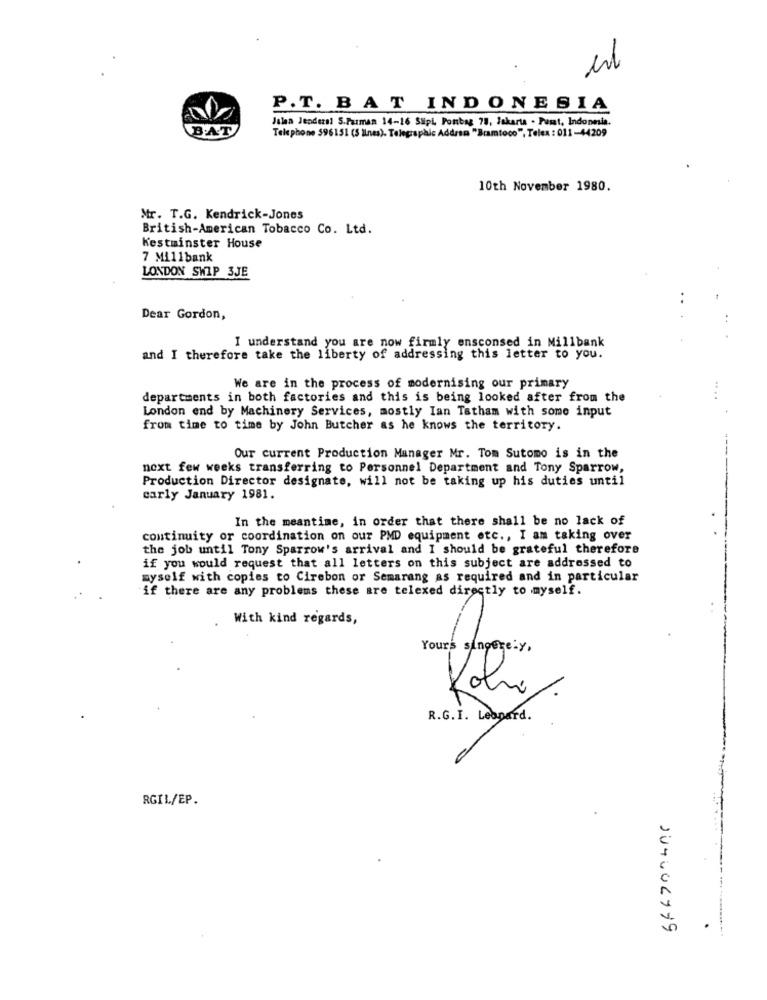
P.T. BAT INDONESIA
Julen Jenderal S.Furman 14-16 Suipi, Ponbag 78, Jakarta - Pumat, Indonesia.
BAT
Telephone 596151 (5 lines). Telegraphic Addrsm "Bramtoco", Telex : 011-44209
10th November 1980.
Mr. T.G. Kendrick-Jones
British-American Tobacco Co. Ltd.
Kestminster House
7 Millbank
LONDON SWIP 3JE
Dear Gordon,
I understand you are now firmly ensconsed in Millbank
and I therefore take the liberty of addressing this letter to you.
We are in the process of modernising our primary
departments in both factories and this is being looked after from the
London end by Machinery Services, mostly Ian Tatham with some input
from time to time by John Butcher as he knows the territory.
Our current Production Manager Mr. Tom Sutomo is in the
next few weeks transferring to Personnel Department and Tony Sparrow,
Production Director designate, will not be taking up his duties until
carly January 1981.
In the meantime, in order that there shall be no lack of
continuity or coordination on our PMD equipment etc ., I am taking over
the job until Tony Sparrow's arrival and I should be grateful therefore
if you would request that all letters on this subject are addressed to
myself with copies to Cirebon or Semarang as required and in particular
if there are any problems these are telexed directly to myself.
With kind regards,
Yours singere-y.
R.G.I. Leopard.
RGIL/EP.
104606799